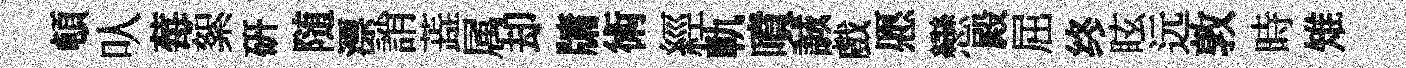
頓㕥莓絮研随漂誚蕋属却牗術經軌噴誠戲愿戀殿屈终眩远敦時雉